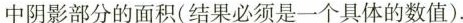
中阴影部分的面积(结果必须是一个具体的数值).